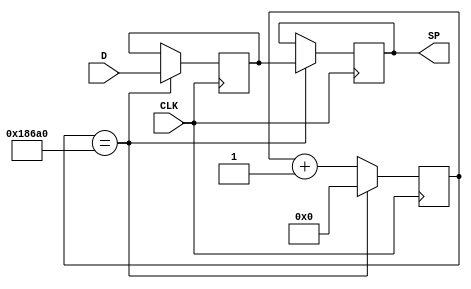
module Debouncer(D, SP, CLK);
input CLK, D;
output SP;

reg Q1, Q2;
reg [16:0] count2ms;

initial
  begin
    Q1 <= 0;
    Q2 <= 0;
	 count2ms <= 0;
  end

assign SP = Q2;

always @(posedge CLK)
  begin	 
	 if (count2ms == 100000)
		begin
			count2ms <= 0;
			Q1 <= D;
			Q2 <= Q1;
		end
	 else
		begin
			count2ms <= count2ms+1; 
		end
  end

endmodule